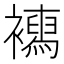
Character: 𧞳